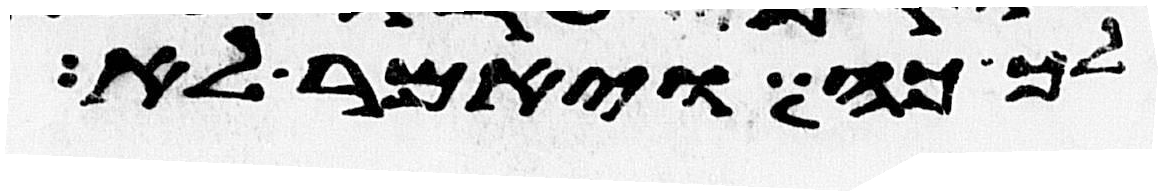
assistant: כה ויאמר לא